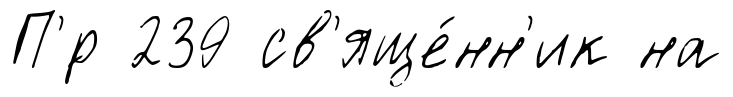
П'́р 239 св'яще́нн'ик на